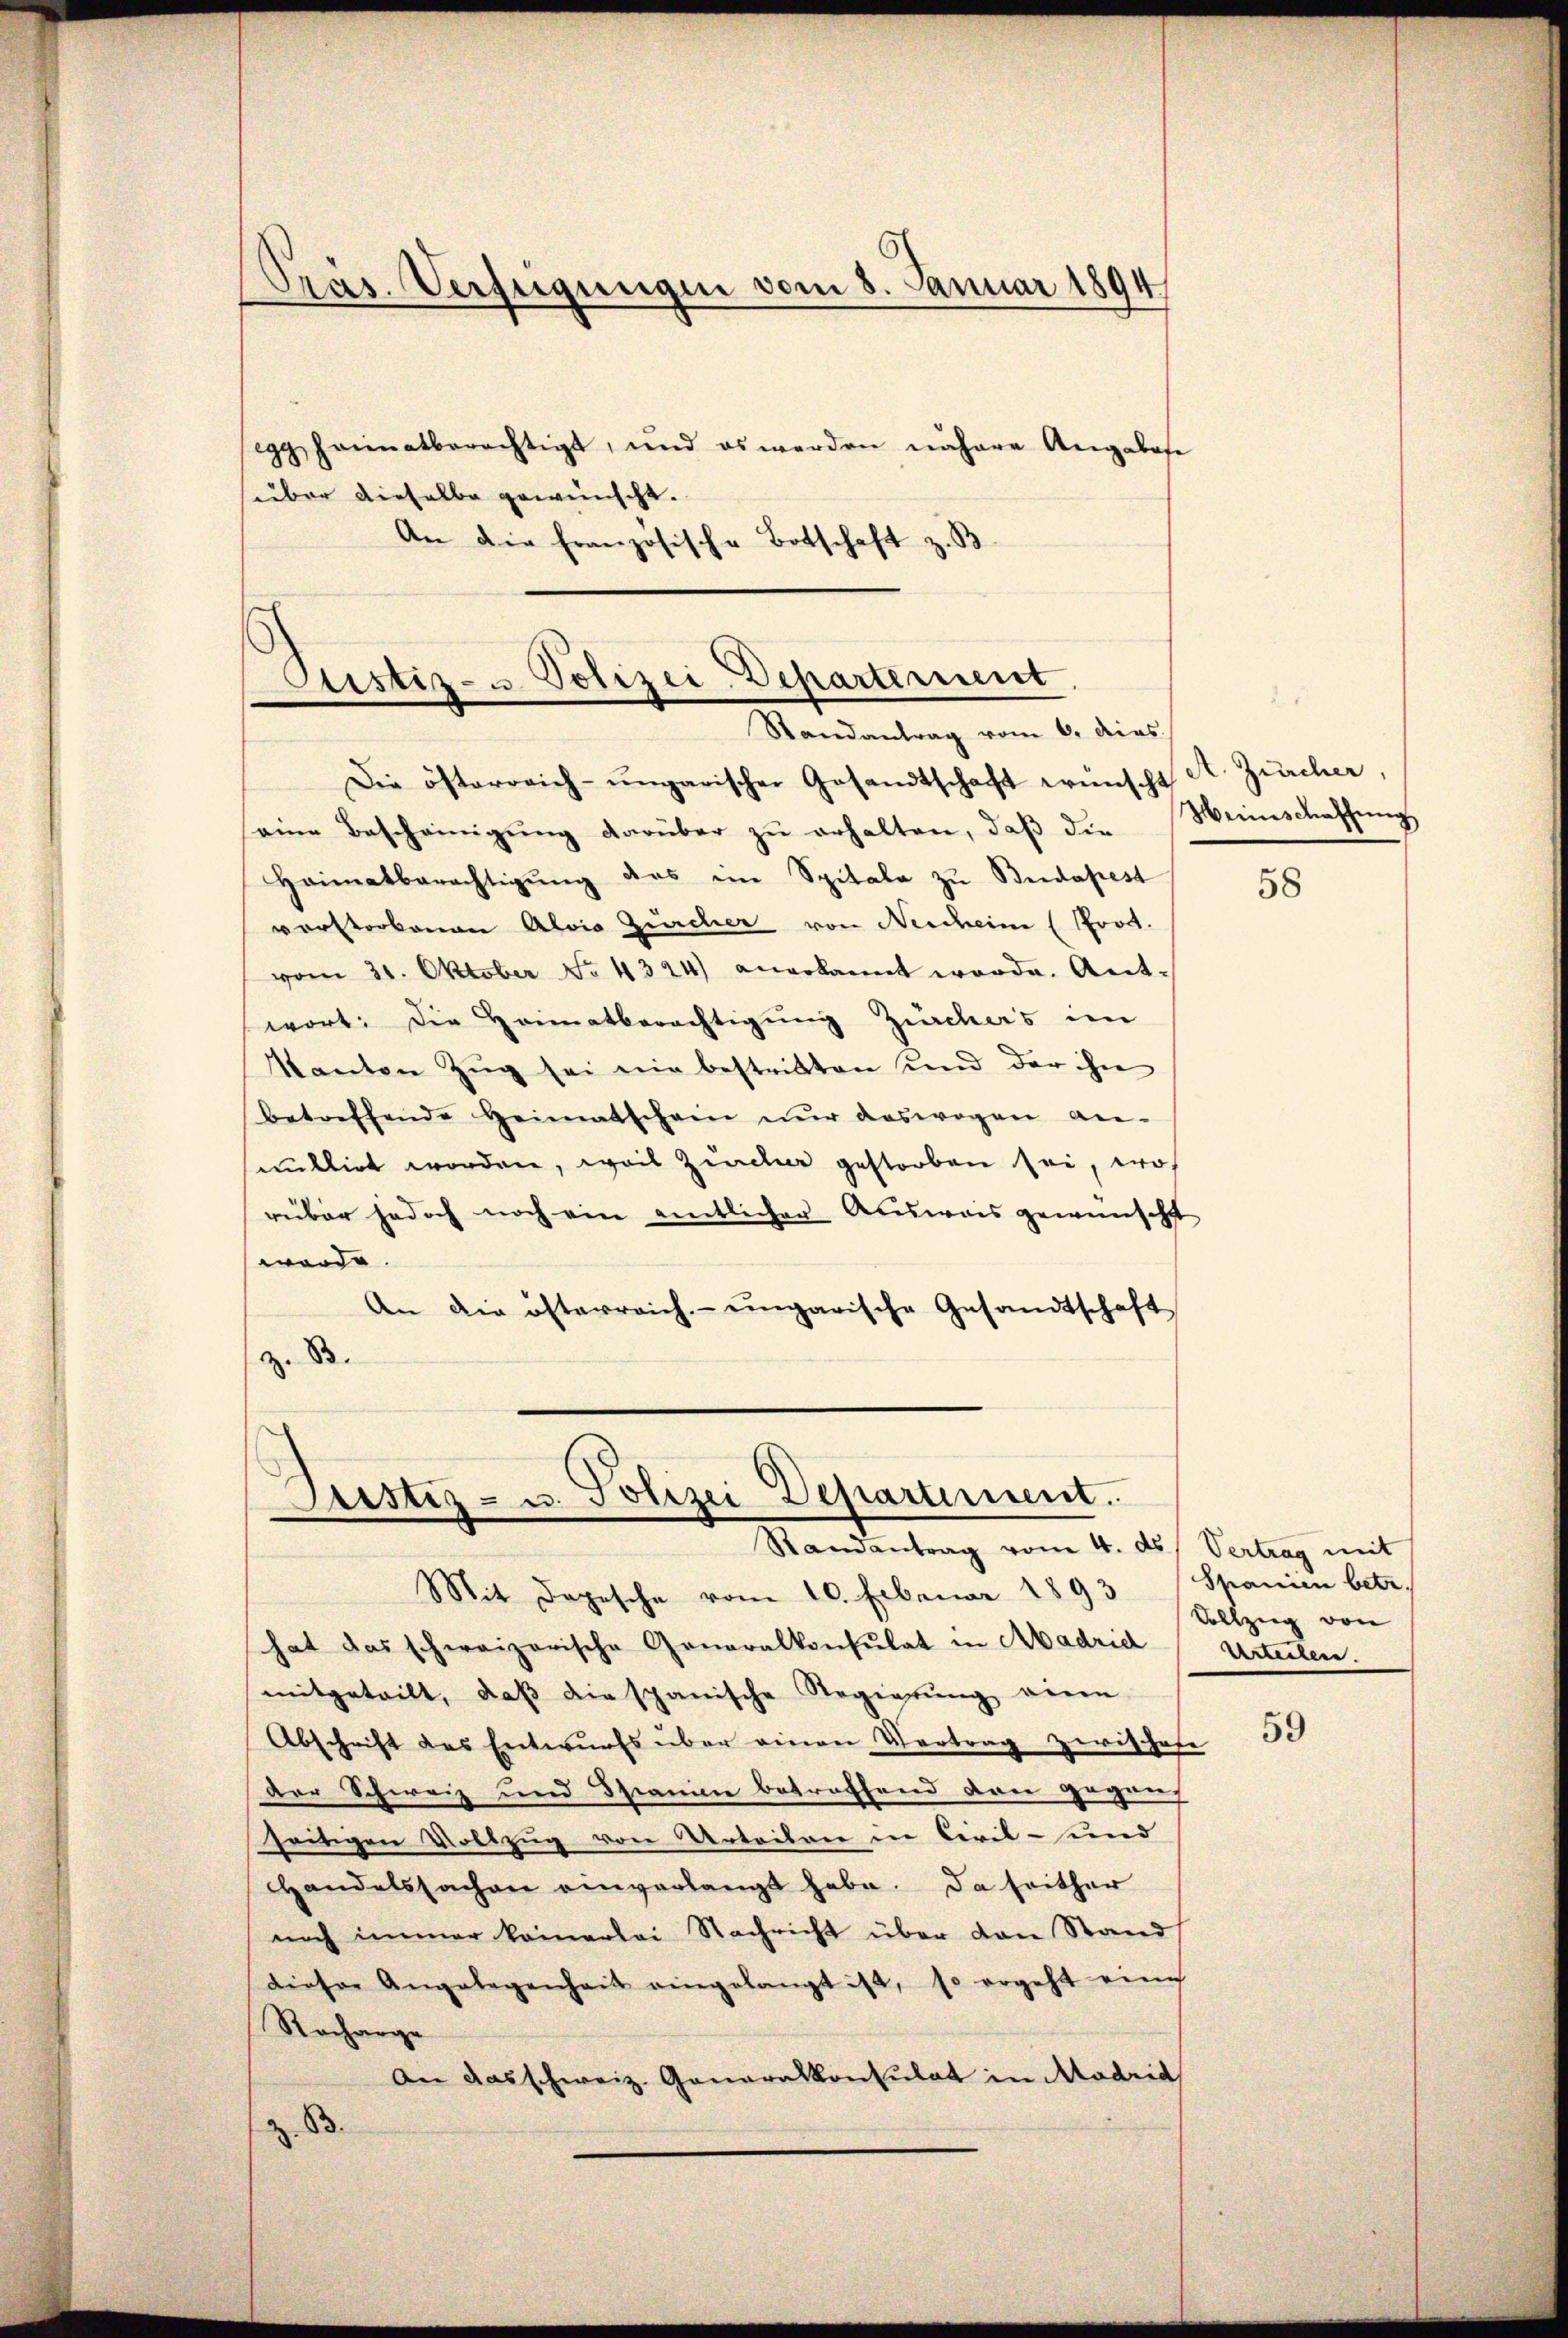
Präs. Verfügungen vom 8. Januar 1894

egg haimatberechtigt, und es werden nähere Angabese
süber dieselbe gewünscht.
An die französische Botschaft z. B.

Justiz- u. Polizei-Departement.
Randantrag vom 6. dies

Die österreich-ungarischer Gesandtschaft wünscht St. Zürcher,
eine Bescheinigŭng darüber zu erhalten, daß die Weinschaffung
Heimatberechtigŭng das im Spitale zŭ Budapest
vorstorbenen Alois Zürcher von Neschein (Proct.
vom 21. Oktober No. 4324) anerkannt worde. Antwort: Die Heimatberechtigung Zürchers im
Kanton Zŭg sei nie bestritten und der ihn
betreffende Heimatschein nŭr deswegen an-
nullirt worden, weil Zürcher gestorben sei, wos
rüber jedoch noch ein amtlicher Ausweis gewünscht
werde.
An die österreich- ungarische Gesandtschaft
z. B.

Justiz- u. Polizei Departement.
Randantrag vom 4. ds. Vertrag mit

Mit Depesche vom 10. Februar 1893
hat das schweizerische Generalkonsulat in Abadrid Urteilen.
mitgeteilt, daβ die spanische Regierŭng einen
Abschrift des Entwurfs über einen Vertrag zwischere
der Schweiz und Schrance betreffend dan gegen
seitigen Vollzug von Urteiler in Civil- und
Handelssachen einverlangt habe. Da seither
noch immer keinerlei Nachricht über den Stand
dieser Angelegenheit eingelangt ist, so ergeht eine
Racharge
An das schweiz. Generalkonsulat in Madrid
Z. B.

58

Spanien betr.
Vollzug von

59